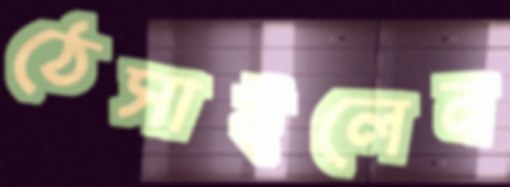
ঠেসাইলেন